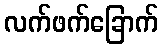
လက်ဖက်ခြောက်